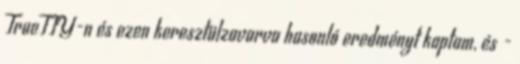
TrueTTY-n és ezen keresztülzavarva hasonló eredményt kaptam, és -